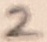
Text: 2